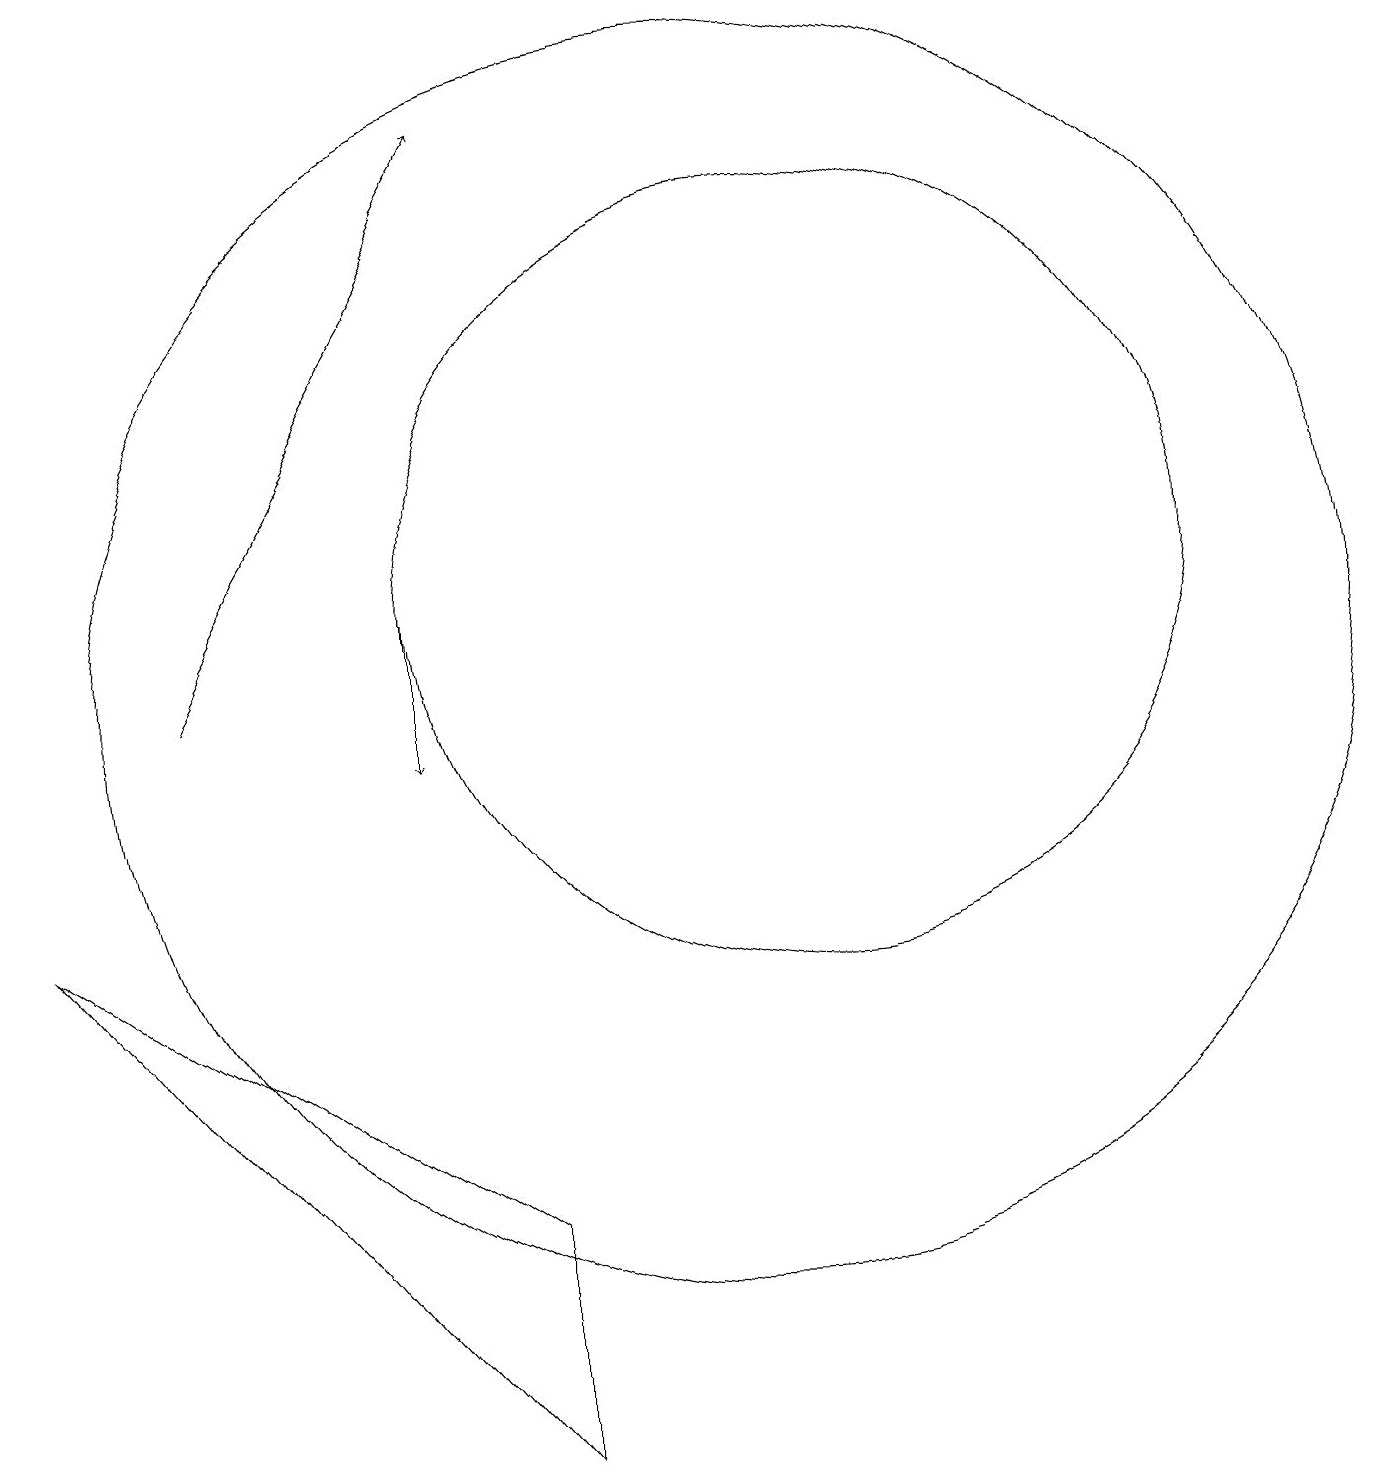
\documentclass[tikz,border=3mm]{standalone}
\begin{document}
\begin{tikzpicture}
\draw (11,12) circle (5);
\draw[->] (6,12) -- (6,10);
\draw (7,1) -- (1,8) -- (7,4) -- cycle;
\draw[->] (3,11) -- (7,18);
\draw (10,11) circle (8);
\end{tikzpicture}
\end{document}